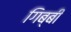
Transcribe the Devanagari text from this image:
गिब्बी